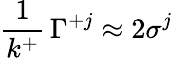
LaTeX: {\frac{1}{k^{+}}}\, \Gamma^{+j}\approx 2\sigma^{j}